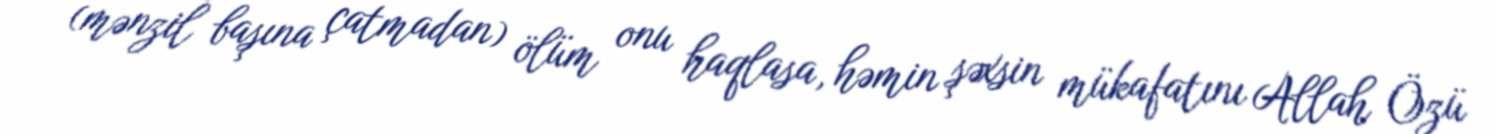
(mənzil başına çatmadan) ölüm onu haqlasa, həmin şəxsin mükafatını Allah Özü